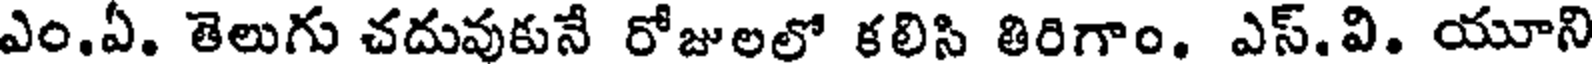
ఎం.ఏ. తెలుగు చదువుకునే రోజులలో కలిసి తిరిగాం. ఎస్.వి. యూని